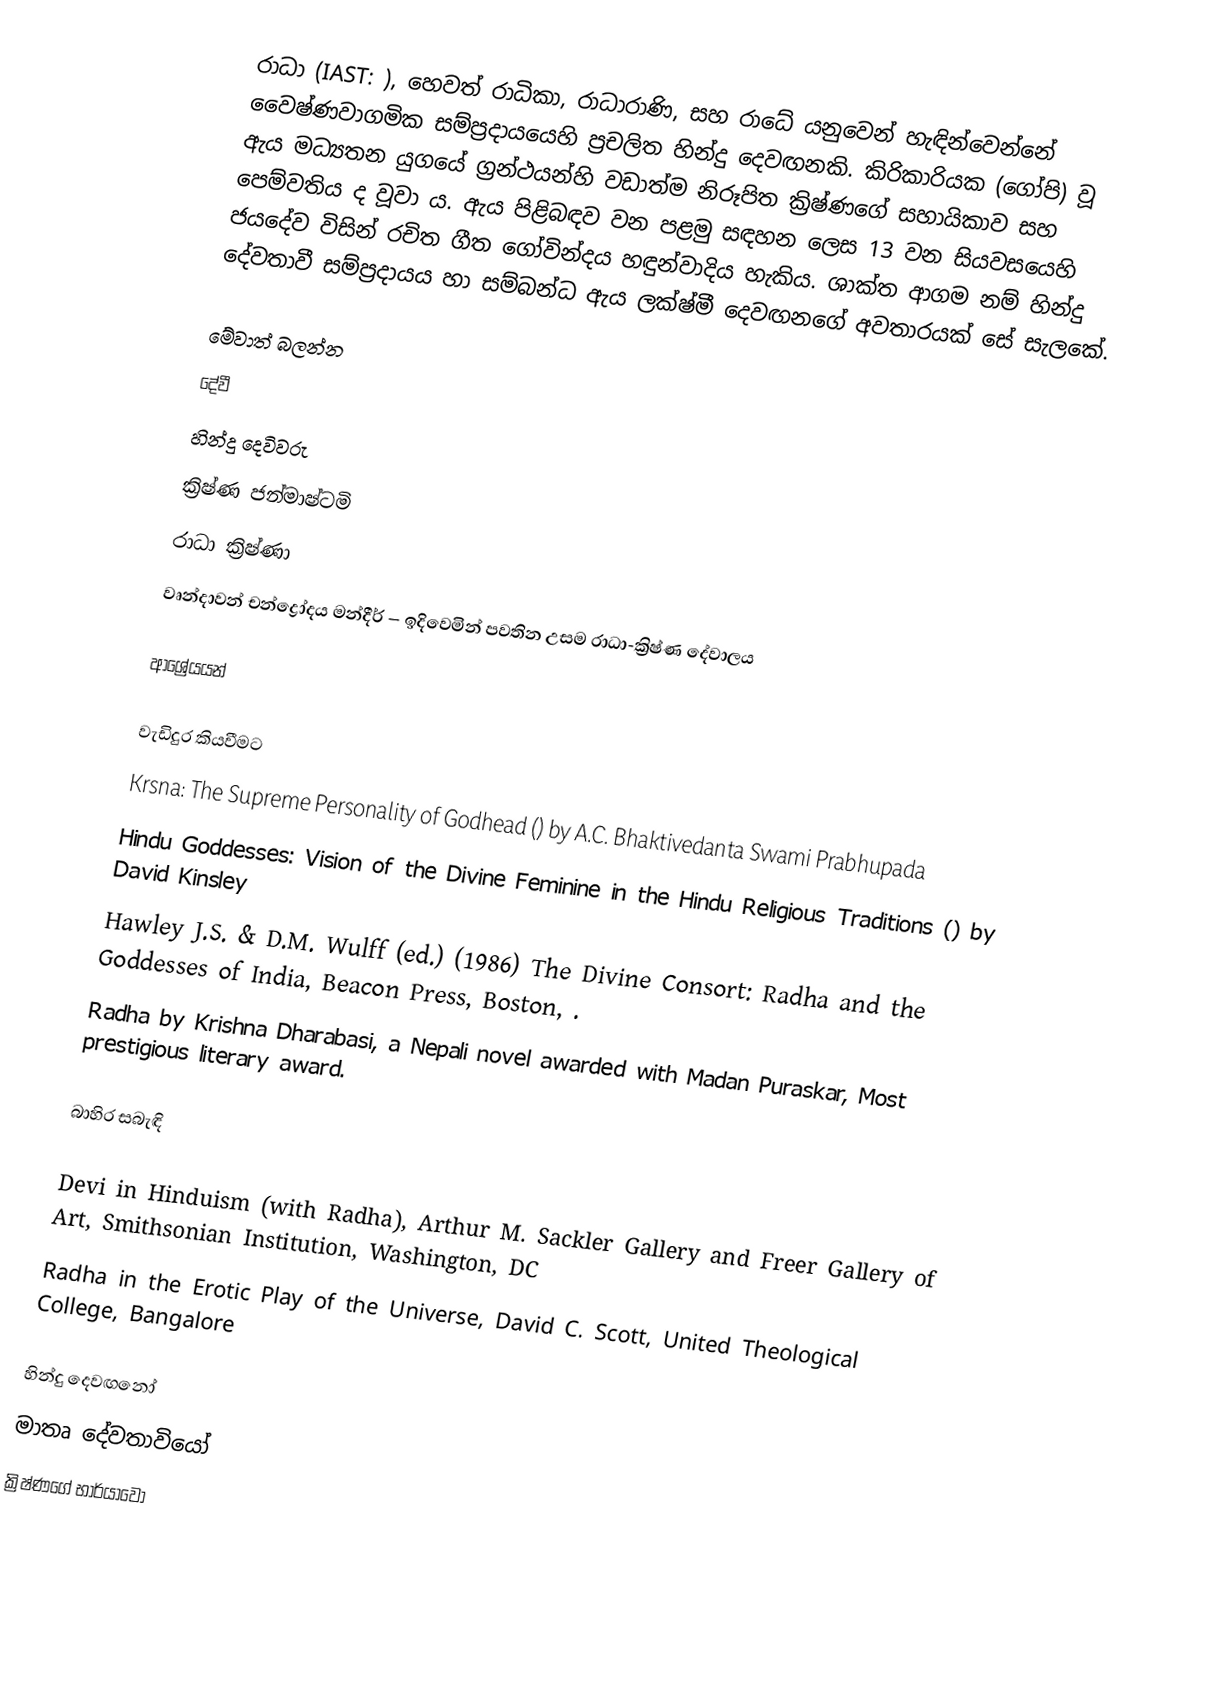
රාධා (IAST: ), හෙවත් ‍රාධිකා, රාධාරාණි, සහ රාධේ යනුවෙන් හැඳින්වෙන්නේ වෛෂ්ණවාගමික සම්ප්‍රදායයෙහි ප්‍රචලිත හින්දු දෙවඟනකි. කිරිකාරියක (ගෝපි) වූ ඇය මධ්‍යතන යුගයේ ග්‍රන්ථයන්හි වඩාත්ම නිරූපිත ක්‍රිෂ්ණගේ සහායිකාව සහ පෙම්වතිය ද වූවා ය. ඇය පිළිබඳව වන පළමු සඳහන ලෙස 13 වන සියවසයෙහි ජයදේව විසින් රචිත ගීත ගෝවින්දය හඳුන්වාදිය හැකිය. ශාක්ත ආගම නම් හින්දු දේවතාවී සම්ප්‍රදායය හා සම්බන්ධ ඇය ලක්ෂ්මී දෙවඟනගේ අවතාරයක් සේ සැලකේ.

මේවාත් බලන්න
දේවී
හින්දු දෙවිවරු
ක්‍රිෂ්ණ ජන්මාෂ්ටමි
රාධා ක්‍රිෂ්ණා
වෘන්දාවන් චන්ද්‍රෝදය මන්දීර් – ඉදිවෙමින් පවතින උසම රාධා-ක්‍රිෂ්ණ දේවාලය

ආශ්‍රේයයන්

වැඩිදුර කියවීමට
 Krsna: The Supreme Personality of Godhead () by A.C. Bhaktivedanta Swami Prabhupada
 Hindu Goddesses: Vision of the Divine Feminine in the Hindu Religious Traditions () by David Kinsley
 Hawley J.S. & D.M. Wulff (ed.) (1986) The Divine Consort: Radha and the Goddesses of India, Beacon Press, Boston, .
 Radha by Krishna Dharabasi, a Nepali novel awarded with Madan Puraskar, Most prestigious literary award.

බාහිර සබැඳි

Devi in Hinduism (with Radha), Arthur M. Sackler Gallery and Freer Gallery of Art, Smithsonian Institution, Washington, DC
Radha in the Erotic Play of the Universe, David C. Scott, United Theological College, Bangalore

හින්දු දෙවඟනෝ
මාතෘ දේවතාවියෝ
ක්‍රිෂ්ණගේ භාර්යාවෝ